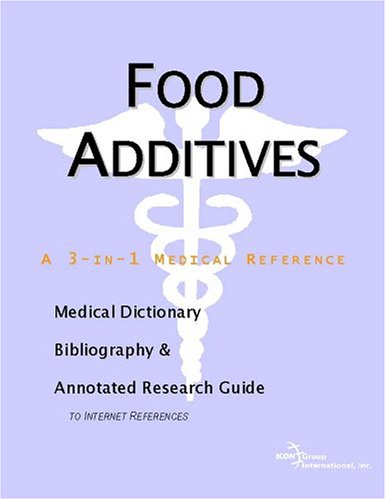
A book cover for Food Additives - A Medical Dictionary, Bibliography, and Annotated Research Guide to Internet References; Icon Health Publications; Health, Fitness & Dieting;